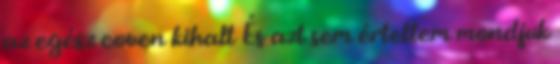
az egész coven kihalt És azt sem értettem mondjuk